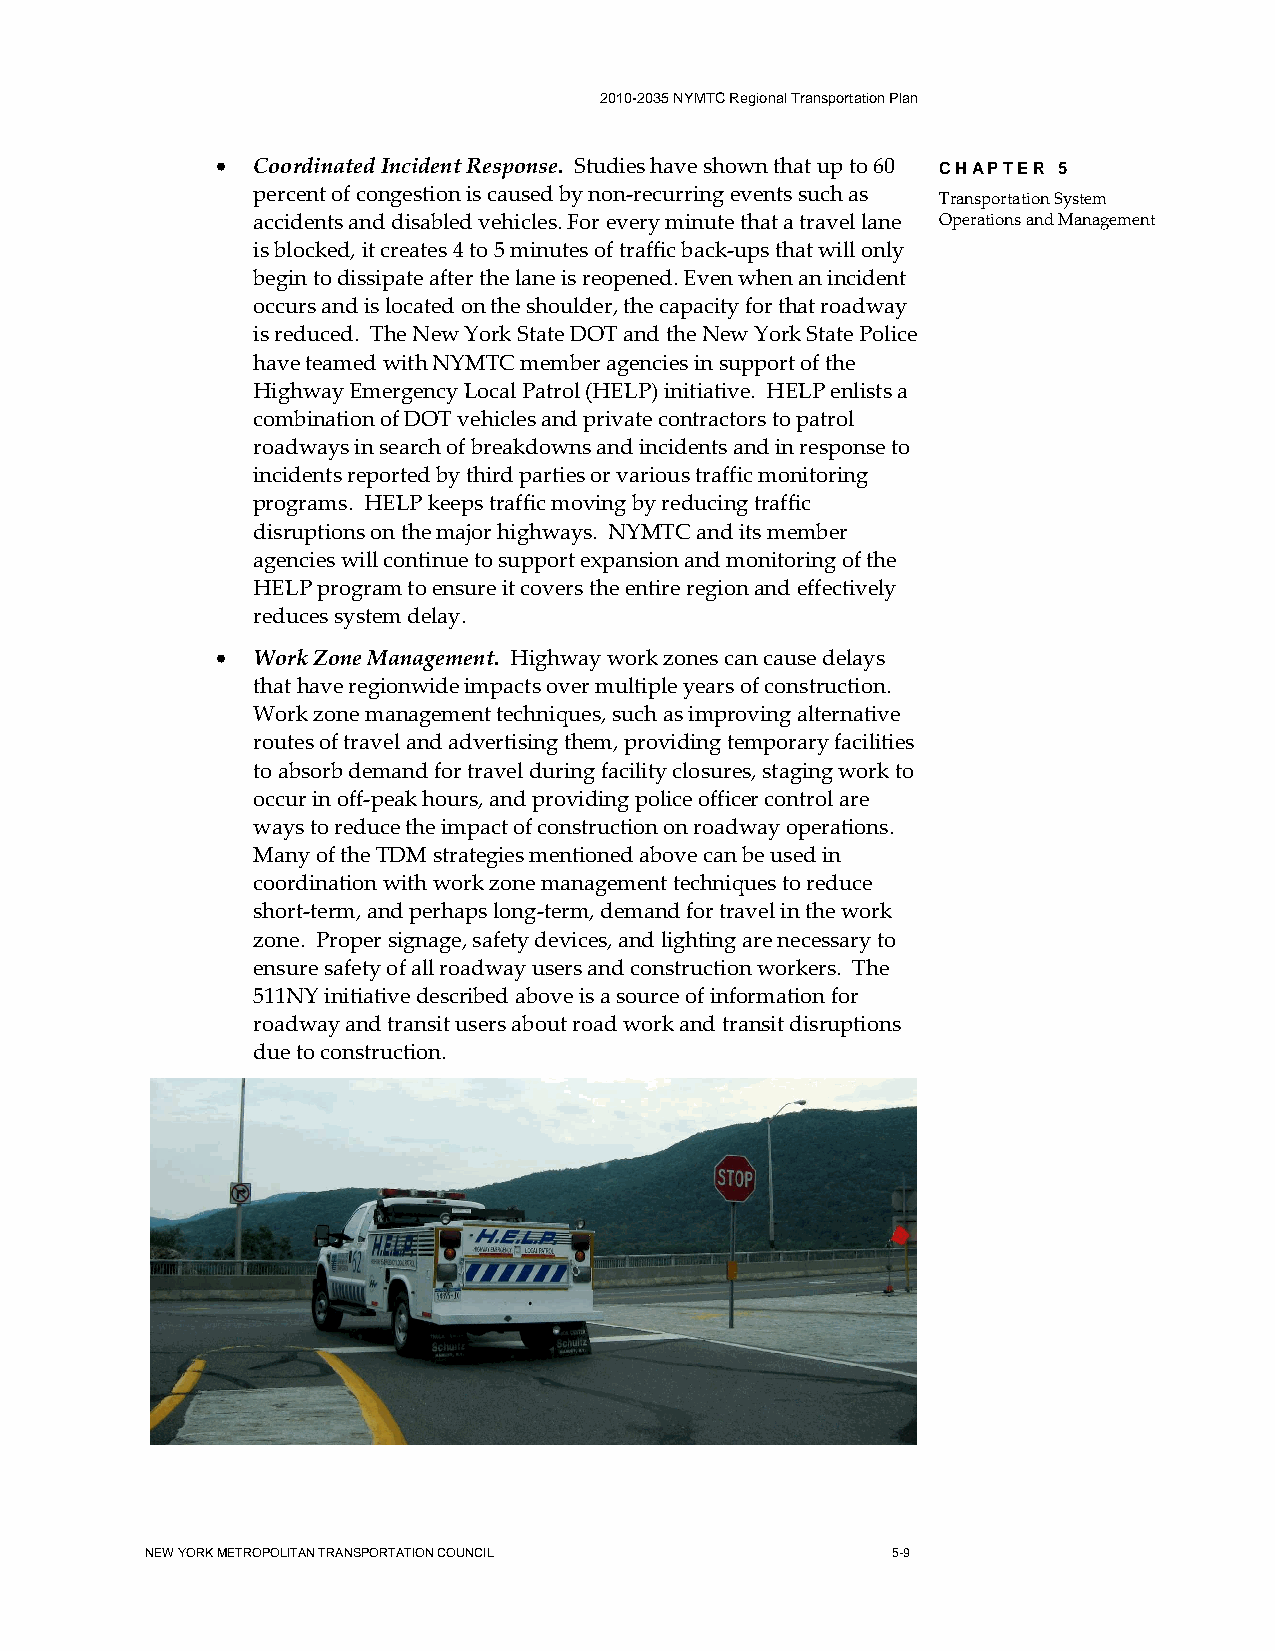
2010-2035 NYMTC Regional Transportation Plan
 •  Coordinated Incident Response. Studies have shown that up to 60 CHAPTER 5
 percent of congestion is caused by non-recurring events such as
 Transportation System
 accidents and disabled vehicles. For every minute that a travel lane Operations and Management
 is blocked, it creates 4 to 5 minutes of traffic back-ups that will only
 begin to dissipate after the lane is reopened. Even when an incident
 occurs and is located on the shoulder, the capacity for that roadway
 is reduced. The New York State DOT and the New York State Police
 have teamed with NYMTC member agencies in support of the
 Highway Emergency Local Patrol (HELP) initiative. HELP enlists a
 combination of DOT vehicles and private contractors to patrol
 roadways in search of breakdowns and incidents and in response to
 incidents reported by third parties or various traffic monitoring
 programs. HELP keeps traffic moving by reducing traffic
 disruptions on the major highways. NYMTC and its member
 agencies will continue to support expansion and monitoring of the
 HELP program to ensure it covers the entire region and effectively
 reduces system delay.
 •  Work Zone Management. Highway work zones can cause delays
 that have regionwide impacts over multiple years of construction.
 Work zone management techniques, such as improving alternative
 routes of travel and advertising them, providing temporary facilities
 to absorb demand for travel during facility closures, staging work to
 occur in off-peak hours, and providing police officer control are
 ways to reduce the impact of construction on roadway operations.
 Many of the TDM strategies mentioned above can be used in
 coordination with work zone management techniques to reduce
 short-term, and perhaps long-term, demand for travel in the work
 zone. Proper signage, safety devices, and lighting are necessary to
 ensure safety of all roadway users and construction workers. The
 511NY initiative described above is a source of information for
 roadway and transit users about road work and transit disruptions
 due to construction.
 NEW YORK METROPOLITAN TRANSPORTATION COUNCIL     5-9